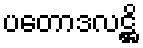
ပတောဒလဋ္ဌိ